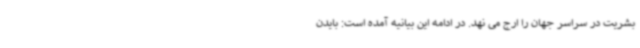
بشریت در سراسر جهان را ارج می نهد. در ادامه این بیانیه آمده است: بایدن